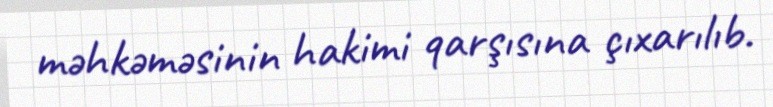
məhkəməsinin hakimi qarşısına çıxarılıb.